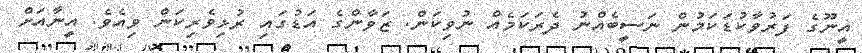
އީނޫގެ ފަރުވާކުޑަކަމުން ނަސީބެއްނު ދެރަކަމެއް ނުވިކަން. ޒަވާންގެ އަޑުގައި ރުޅިވެރިކަން ވިއެވެ. އީނާއަށް